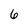
Character: 6